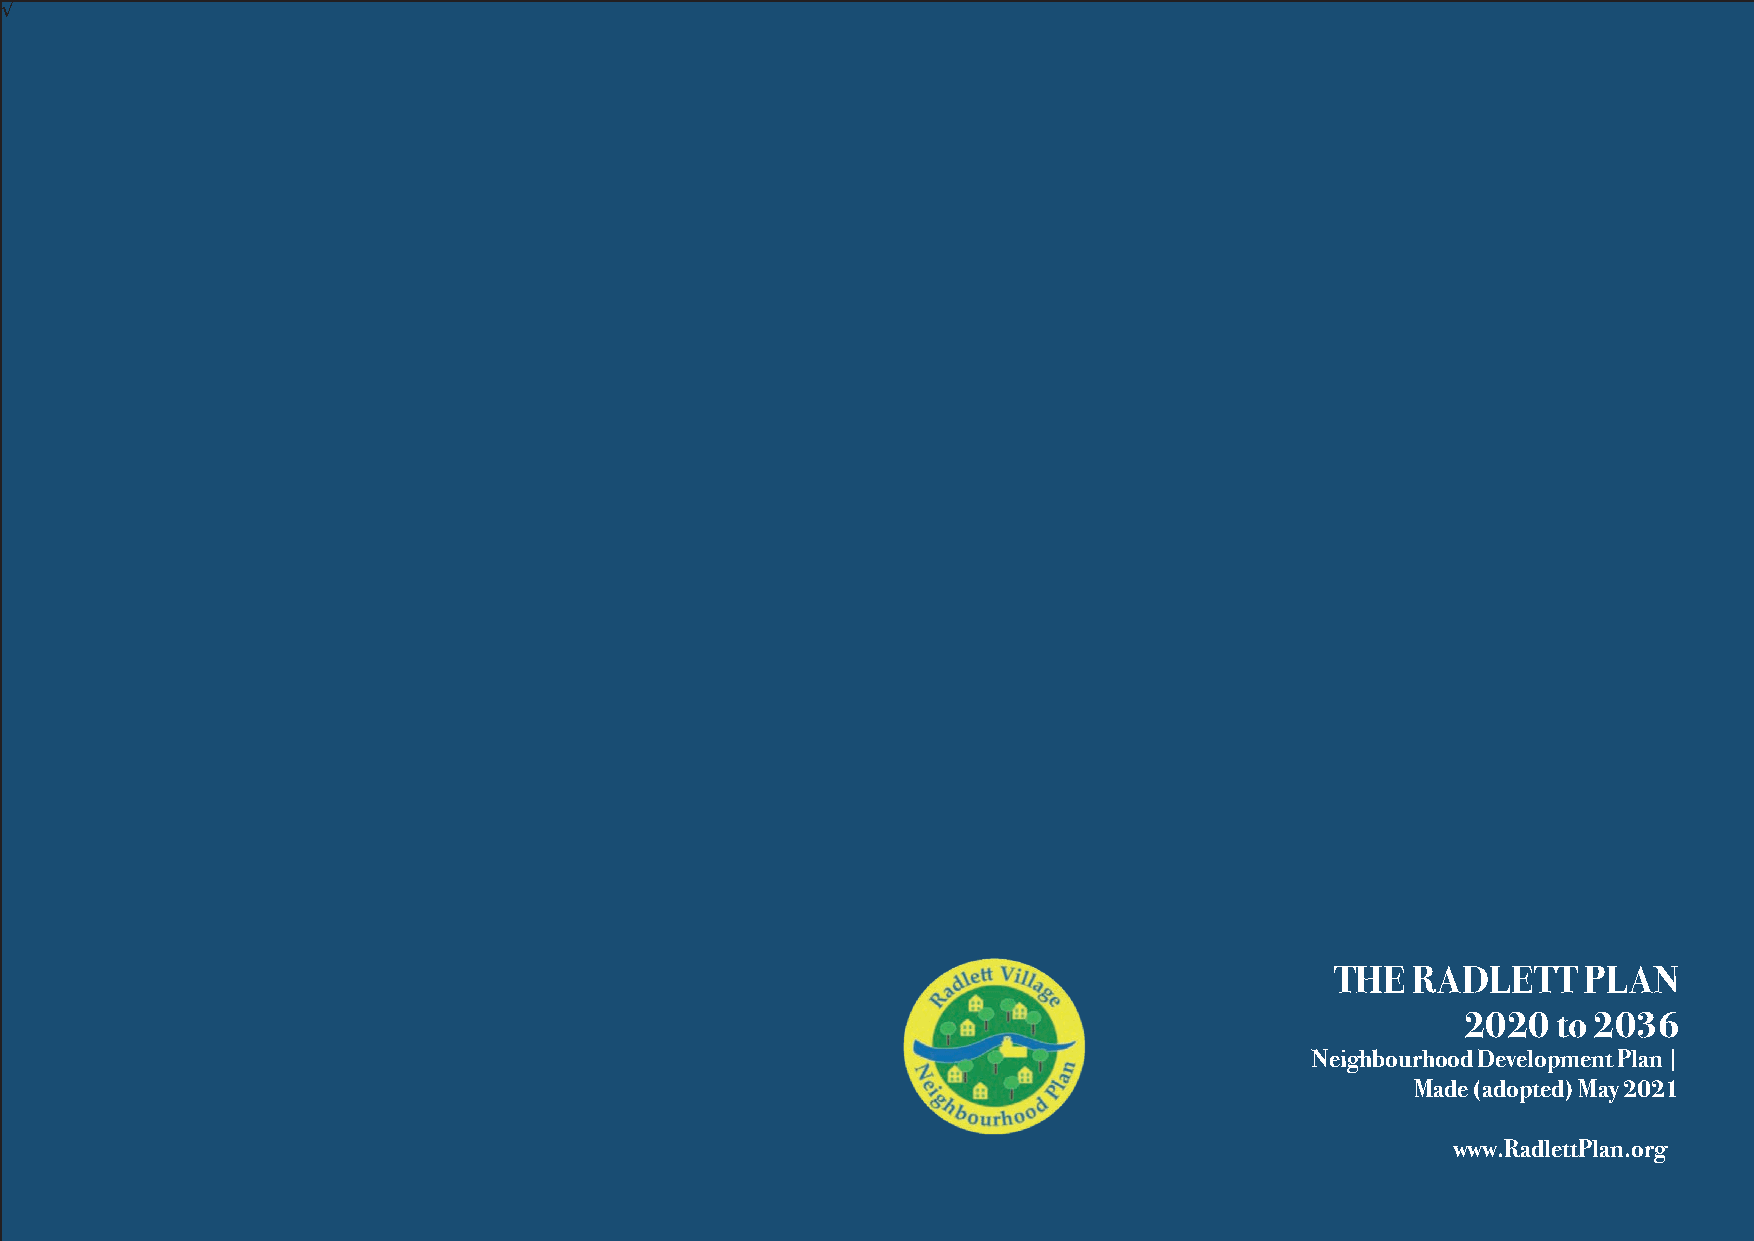
√
 THE   RADLETT    PLAN
 2020  to 2036
 Neighbourhood Development Plan |
 Made (adopted) May 2021
 www.RadlettPlan.org
 √ 3
 80  The Radlett Plan                                                  www.RadlettPlan.org